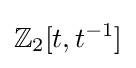
\mathbb {Z} _{2}[t,t^{-1}]